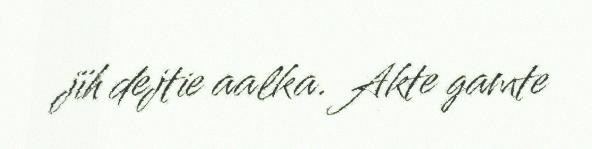
jïh dejtie aalka. Akte gamte